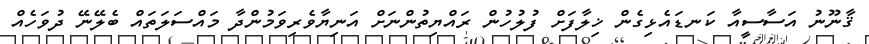
ޤާނޫނު އަސާސީއާ ކަނޑައެޅިގެން ޚިލާފަށް ފުލުހުން ރައްޔިތުންނަށް އަނިޔާވެރިވަމުންދާ މައްސަލަތައް ބެލޭނޭ ދުވަހެއް